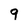
Character: q